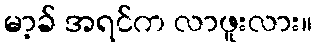
မာ့ခ် အရင်က လာဖူးလား။